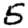
Digit: 5